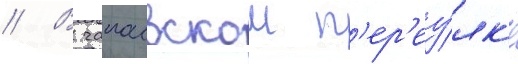
// В чапаевском п'ер'еу́лк'е